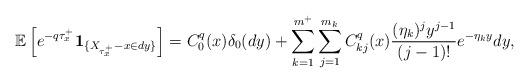
LaTeX: \begin{align*}&\mathbb E\left[e^{-q \tau_{x}^+}\textbf{1}_{\{X_{\tau_{x}^+}-x \in dy\}}\right]=C^q_0(x)\delta_0(dy)+\sum_{k=1}^{m^+}\sum_{j=1}^{m_k}C^q_{kj}(x)\frac{(\eta_k)^jy^{j-1}}{(j-1)!}e^{-\eta_k y}dy,\end{align*}